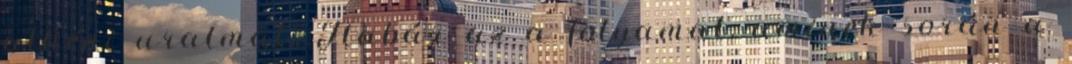
athéni uralmat. Habár az a folyamat, aminek során a